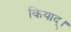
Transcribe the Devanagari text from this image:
कियाद्।